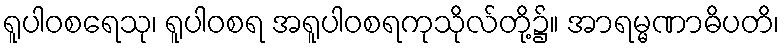
ရူပါဝစရေသု၊ ရူပါဝစရ အရူပါဝစရကုသိုလ်တို့၌။ အာရမ္မဏာဓိပတိ၊